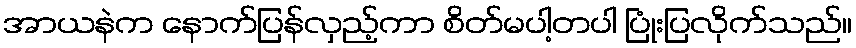
အာယနဲက နောက်ပြန်လှည့်ကာ စိတ်မပါ့တပါ ပြုံးပြလိုက်သည်။